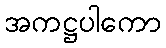
အကဋ္ဌပါကော